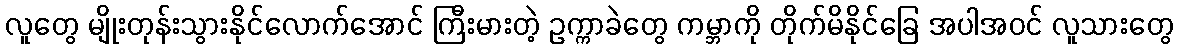
လူတွေ မျိုးတုန်းသွားနိုင်လောက်အောင် ကြီးမားတဲ့ ဥက္ကာခဲတွေ ကမ္ဘာကို တိုက်မိနိုင်ခြေ အပါအဝင် လူသားတွေ